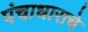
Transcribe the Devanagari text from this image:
पंचाधाराचे